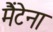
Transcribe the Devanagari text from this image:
मैंटेना